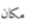
مكان